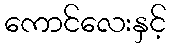
ကောင်လေးနှင့်